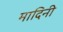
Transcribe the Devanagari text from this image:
मादिनी